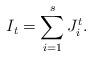
LaTeX: \begin{align*}I_t = \sum_{i=1}^s J^t_i.\end{align*}